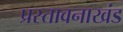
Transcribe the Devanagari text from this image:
प्रस्तावनाखंड